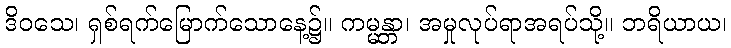
ဒိဝသေ၊ ရှစ်ရက်မြောက်သောနေ့၌။ ကမ္မန္တာ၊ အမှုလုပ်ရာအရပ်သို့။ ဘရိယာယ၊